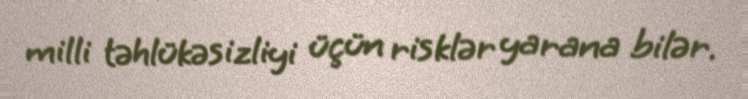
milli təhlükəsizliyi üçün risklər yarana bilər.